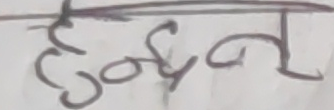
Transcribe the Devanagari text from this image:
हुदैन